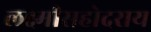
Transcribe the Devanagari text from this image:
लक्ष्मीसहोदराय